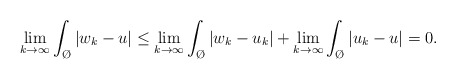
\begin{align*}\lim_{k \to \infty} \int_{\O}|w_k -u| \leq \lim_{k \to \infty} \int_{\O}|w_k -u_k| + \lim_{k \to \infty} \int_{\O}|u_k -u|=0.\end{align*}